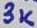
Text: 3K